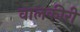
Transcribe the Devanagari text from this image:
वालकीरी